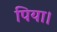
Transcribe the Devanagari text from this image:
पिया।